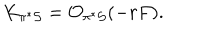
LaTeX: K _ { \pi ^ { * } { \cal S } } = { \cal O } _ { \pi ^ { * } { \cal S } } ( - r F ) .